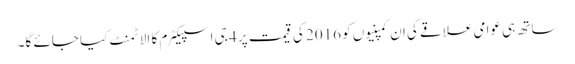
ساتھ ہی عوامی علاقے کی ان کمپنیوں کو 2016 کی قیمت پر 4 جی اسپیکٹرم کا الاٹمنٹ کیا جائے گا۔